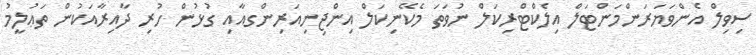
ސިވިލް އެންވަޔަރަންމަންޓަލް އިލެކްޓްރިކަލް ނުވަތަ މެކޭނިކަލް އިންޖިނިއަރިންގއާއި ގުޅުން ހުރި ދާއިރާއަކުން ތަޢުލީމު